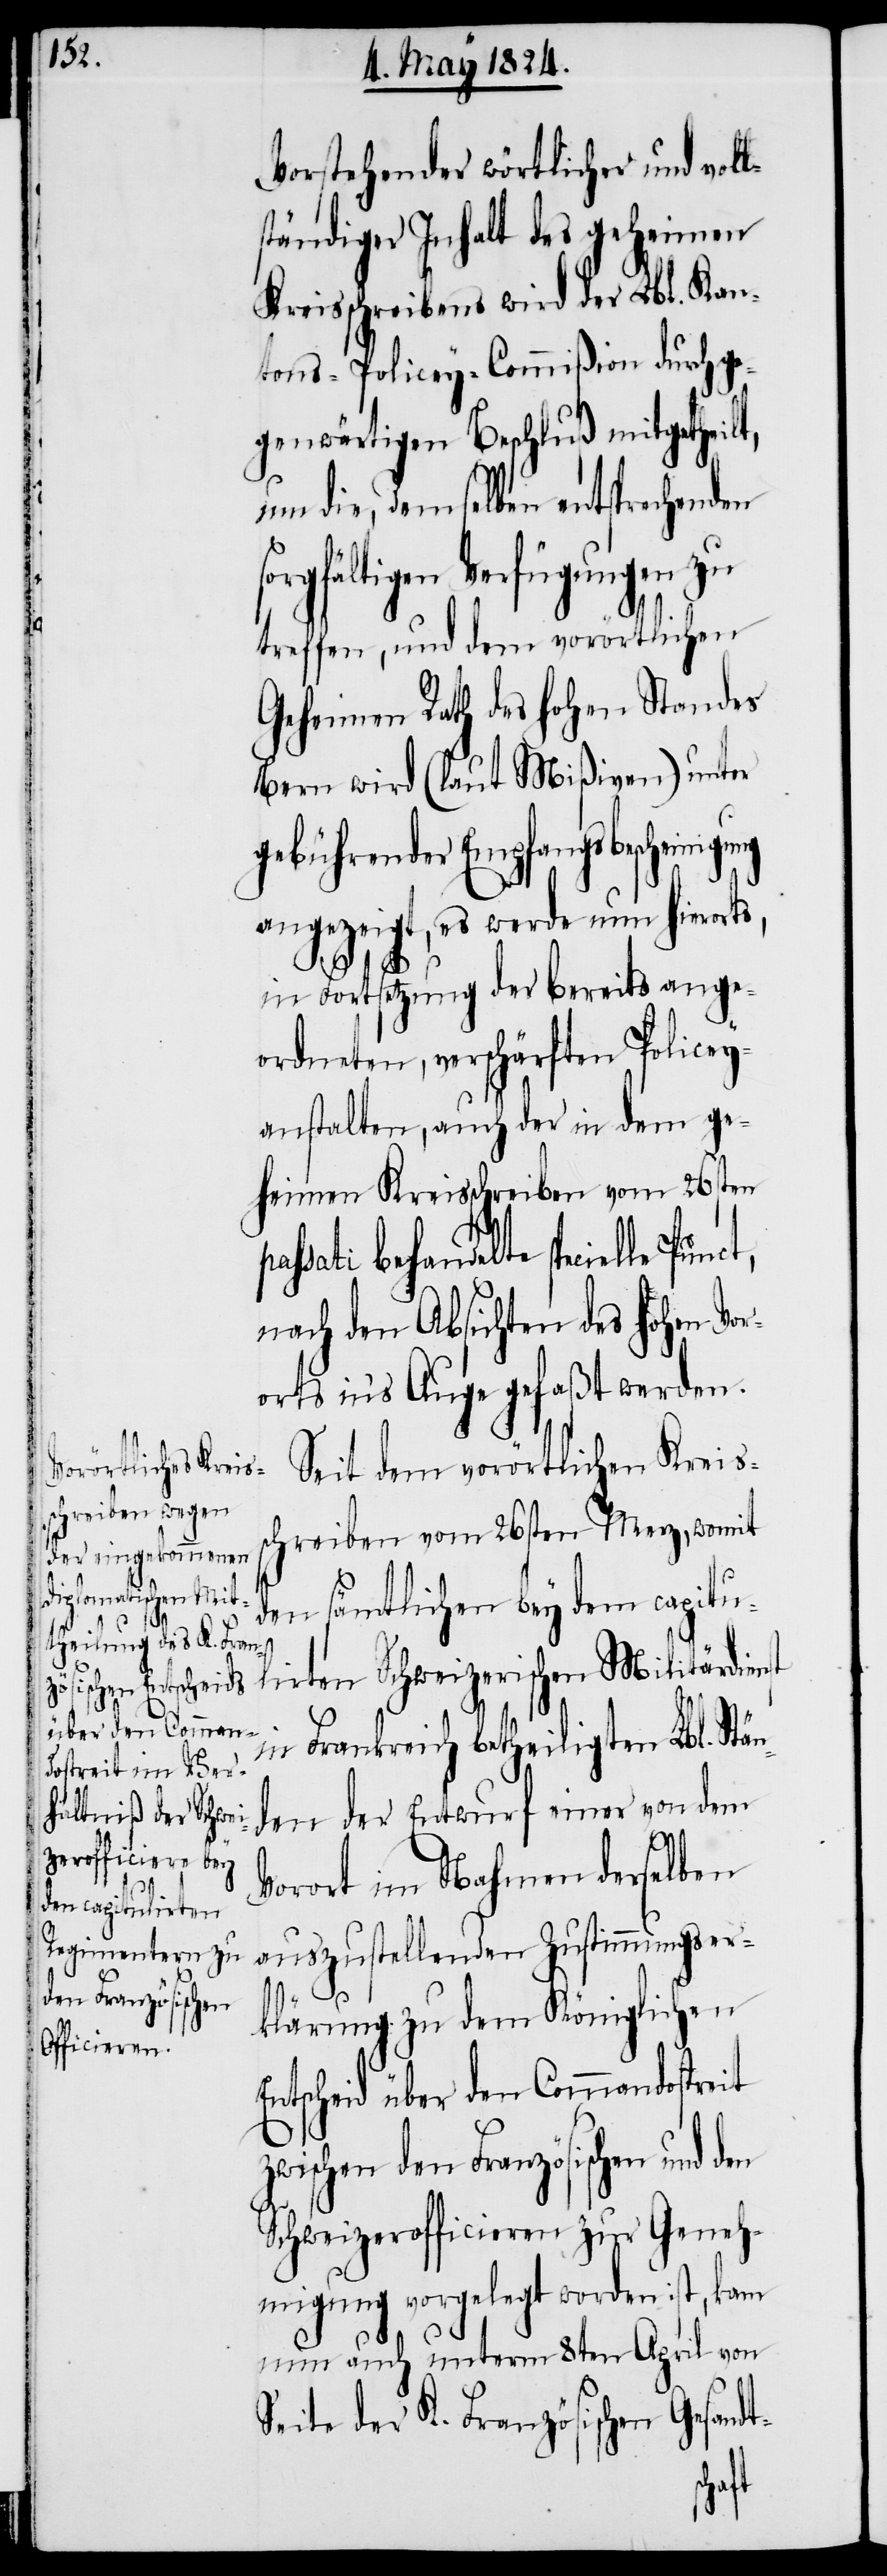
Vorstehender wörtlicher und vol¬
ständiger Inhalt des geheimen
Kreisschreiben wird der Lbl. Kan¬
tons-Policey-Commißion durch ge¬
genwärtigen Beschluß mitgetheilt,
um die, demselben entsprechenden
orgfältigen Verfügungen zu
treffen, und dem vorörtlichen
Geheimen Rath des hohen Standes
Bern wird (laut Mißiven) unter
gebührender Empfangsbescheinigu¬
angezeigt, es werde nun hierorts,
in Forstsetzung der bereits ange¬
ordneten, verschärften Policey¬
anstalten, auch der in dem ge¬
heimen Kreisschreiben vom 26sten
behandelte specielle Punct,
nach den Absichten des hohen Vor¬
orts in’s Auge gefaßt werden.
Seit dem vorörtlichen Kreis¬
schreiben vom 26sten Merz, womit
den sämtlichen bey dem capitu¬
s¬
lirten Schweizerischen Militärdienst
in Frankreich betheiligten Lbl. Stä¬
nden der Entwurf einer von dem
Vorort im Nahmen derselben
auszustellenden Zustimmungser¬
ng
klärung zu dem Königlichen
Entscheid über den Commandostreit
zwischen den Französischen und den
Schweizerofficieren zur Geneh¬
migung vorgelegt worden ist, kann
nun auch unterm 8ten April von
Seite der K. Französischen Gesandt-